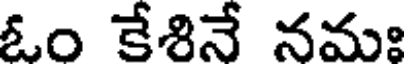
ఓం కేశినే నమః